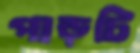
পাড়টি